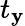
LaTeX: t_{\mathbf{y}}